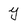
Character: y